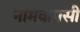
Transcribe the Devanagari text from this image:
नामवापसी